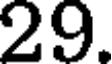
29.